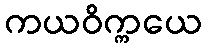
ကယဝိက္ကယေ